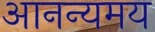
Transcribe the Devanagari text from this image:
आनन्यमय